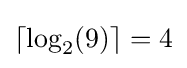
\lceil \log _{2}(9)\rceil =4